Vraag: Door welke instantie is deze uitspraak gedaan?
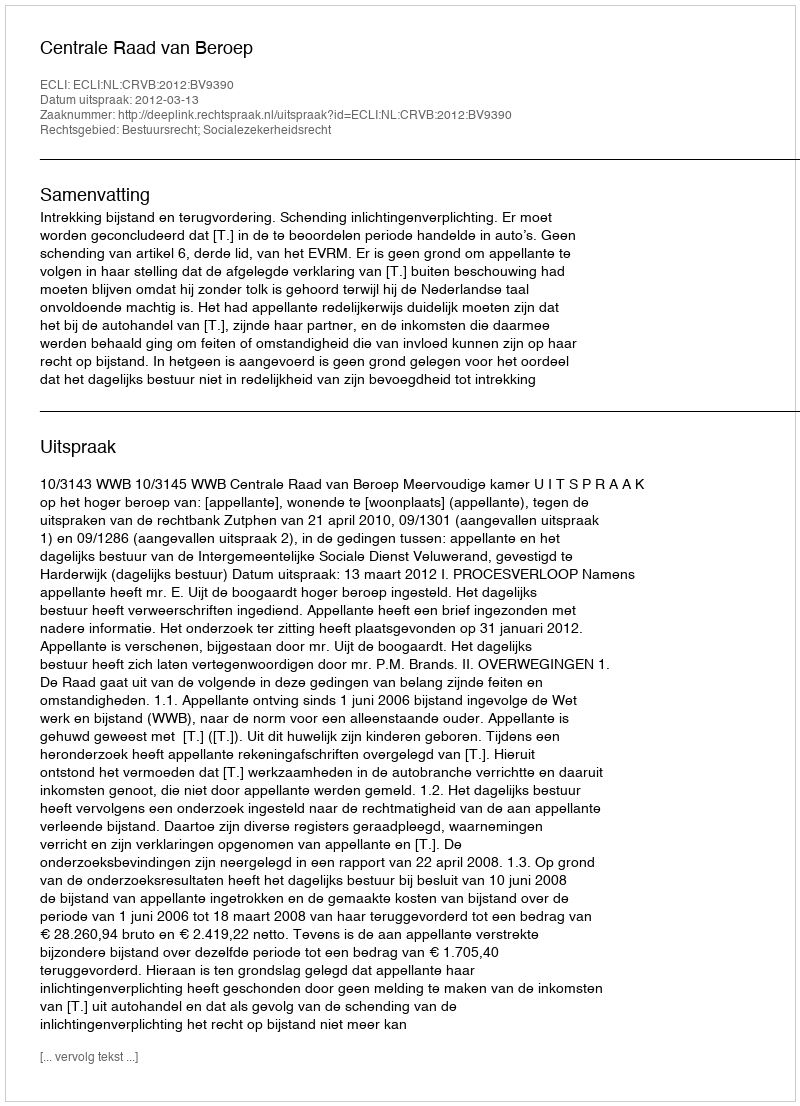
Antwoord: Centrale Raad van Beroep